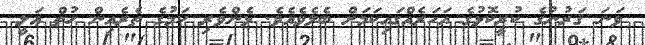
ވަނަ ޤަރުނުގެ ކުރީކޮޅުގެ އަހަރެއްގައިކަމަށް ބެލެވެއެވެ. ޅެންވެރި ކަމުގެ ތެރެއިން ހުތް ޢަލީ